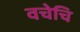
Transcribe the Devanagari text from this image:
वचेचि